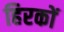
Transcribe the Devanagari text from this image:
हिरकों